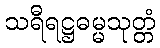
သရီရဋ္ဌဓမ္မသုတ္တံ